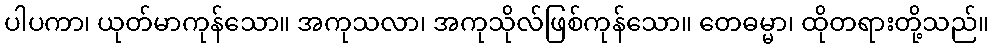
ပါပကာ၊ ယုတ်မာကုန်သော။ အကုသလာ၊ အကုသိုလ်ဖြစ်ကုန်သော။ တေဓမ္မာ၊ ထိုတရားတို့သည်။